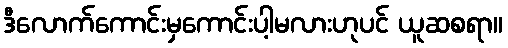
ဒီလောက်ကောင်းမှကောင်းပါ့မလားဟုပင် ယူဆစရာ။